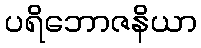
ပရိဘောဇနိယာ